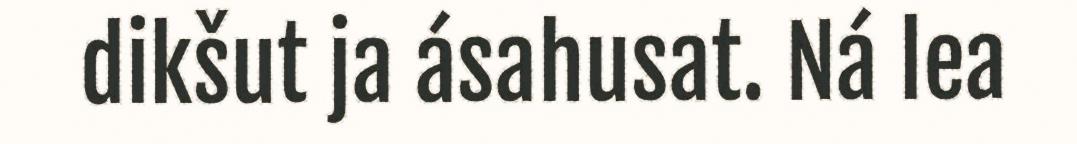
dikšut ja ásahusat. Ná lea